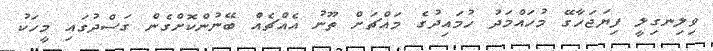
ވިލިނގިލީ ފިޔަޖަހާގޭ މުހައްމަދު ހުމައިދުގެ މައްޗަށް ތޫނު އެއްޗެއް ބޭނުންކޮށްގެން ގަސްދުގައި މީހަކު